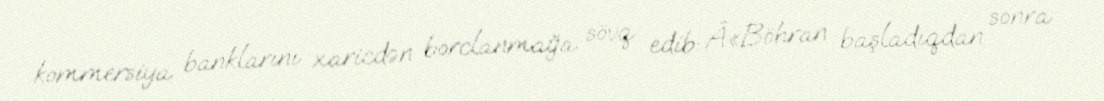
kommersiya banklarını xaricdən borclanmağa sövq edib: Â«Böhran başladıqdan sonra